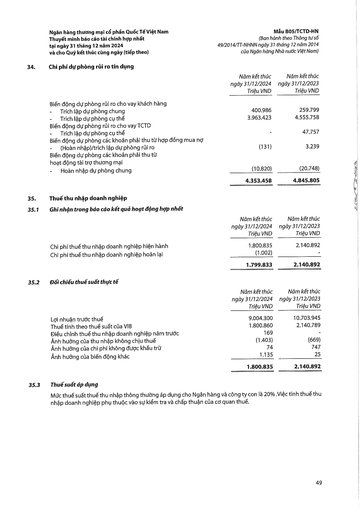
||Năm kết thúc ngày 31/12/2024 Triệu VND|Năm kết thúc ngày 31/12/2023 Triệu VND| |---|---|---| |Biến động dự phòng rủi ro cho vay khách hàng||| |- Trích lập dự phòng chung|400.986|259.799| |- Trích lập dự phòng cụ thể|3.963.423|4.555.758| |Biến động dự phòng rủi ro cho vay TCTD - Trích lập dự phòng cụ thể||47.757| |Biến động dự phòng các khoản phải thu từ hợp đồng mua nợ - (Hoàn nhập)/trích lập dự phòng rủi ro|(131)|3.239| |Biến động dự phòng các khoản phải thu từ hoạt động tài trợ thương mại||| |- Hoàn nhập dự phòng chung|(10.820)|(20.748)| ||4.353.458|4.845.805| ||Năm kết thúc ngày 31/12/2024 Triệu VND|Năm kết thúc ngày 31/12/2023 Triệu VND| |---|---|---| |Chi phí thuế thu nhập doanh nghiệp hiện hành|1.800.835|2.140.892| |Chi phí thuế thu nhập doanh nghiệp hoãn lại|(1.002)|| ||1.799.833|2.140.892| ||Năm kết thúc ngày 31/12/2024 Triệu VND|Năm kết thúc ngày 31/12/2023 Triệu VND| |---|---|---| |Lợi nhuận trước thuế|9.004.300|10.703.945| |Thuế tính theo thuế suất của VIB|1.800.860|2.140.789| |Điều chỉnh thuế thu nhập doanh nghiệp năm trước|169|| |Ảnh hưởng của thu nhập không chịu thuế|(1.403)|(669)| |Ảnh hưởng của chi phí không được khấu trừ|74|747| |Ảnh hưởng của biến động khác|1.135|25| ||1.800.835|2.140.892|